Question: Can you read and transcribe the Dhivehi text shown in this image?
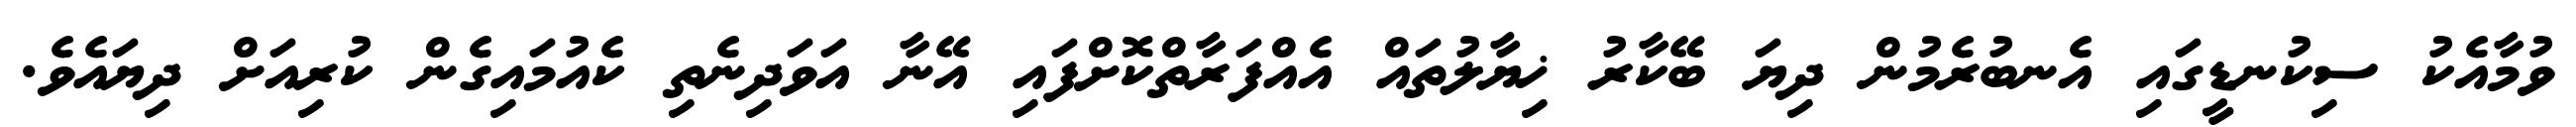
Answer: ވުމާއެކު ސިކުނޑީގައި އެނބުރެމުން ދިޔަ ބޭކާރު ޚިޔާލުތައް އެއްފަރާތްކޮށްފައި އޭނާ އަވަދިނެތި ކެއުމައިގެން ކުރިއަށް ދިޔައެވެ.